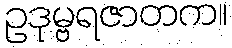
ဥဒုမ္ဗရဇာတက။